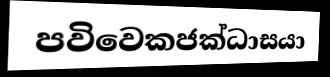
පවිවෙකජක්ධාසයා